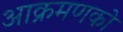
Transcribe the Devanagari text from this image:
आक्रमणको